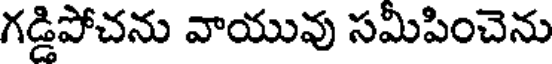
గడ్డిపోచను వాయువు సమీపించెను